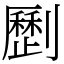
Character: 𠠝